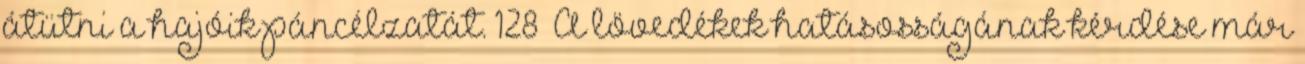
átütni a hajóik páncélzatát. 128 A lövedékek hatásosságának kérdése már